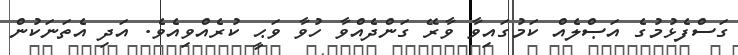
ގަސްފެޅުމުގެ އަޞްލެއް ކަމުގައިވާ ވާރޭ ގަންދެއްވާ ހުވާ ވަޙީ ކުރެއްވިއެވެ. އަދި އެތަނަކުން